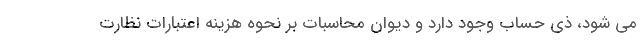
می شود، ذی حساب وجود دارد و دیوان محاسبات بر نحوه هزینه اعتبارات نظارت